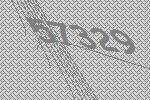
57329